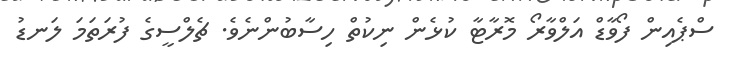
ސްޕެއިން ފޯވާޑް އަލްވާރޯ މޮރާޓާ ކުޅެން ނިކުތް ހިސާބުންނެވެ. ޗެލްސީގެ ފުރަތަމަ ލަނޑު